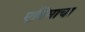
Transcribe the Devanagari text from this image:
एनिमाचा